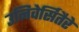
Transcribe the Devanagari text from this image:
उनिवेर्सितैरे